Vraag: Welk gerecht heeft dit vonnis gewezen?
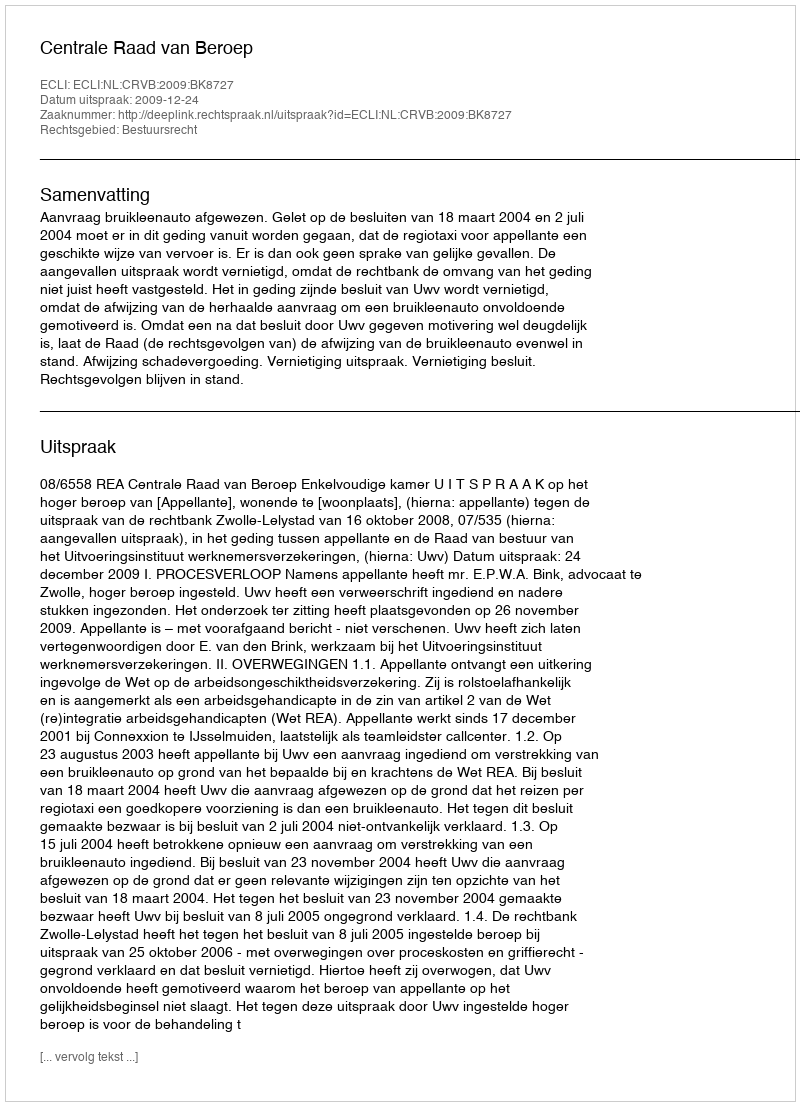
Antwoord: Centrale Raad van Beroep